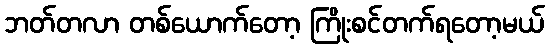
ဘတ်တလာ တစ်ယောက်တော့ ကြိုးစင်တက်ရတော့မယ်